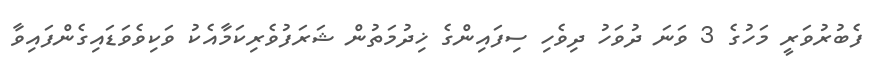
ފެބުރުވަރީ މަހުގެ 3 ވަނަ ދުވަހު ދިވެހި ސިފައިންގެ ޚިދުމަތުން ޝަރަފުވެރިކަމާއެކު ވަކިވެވަޑައިގެންފައިވާ